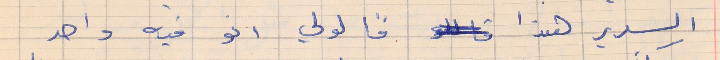
السرير هذا قالولي انو فيه واحد